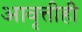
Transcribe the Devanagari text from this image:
आवृत्तीही